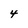
Character: 4